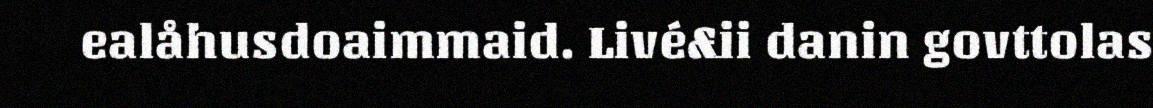
ealåhusdoaimmaid. Livé&ii danin govttolas